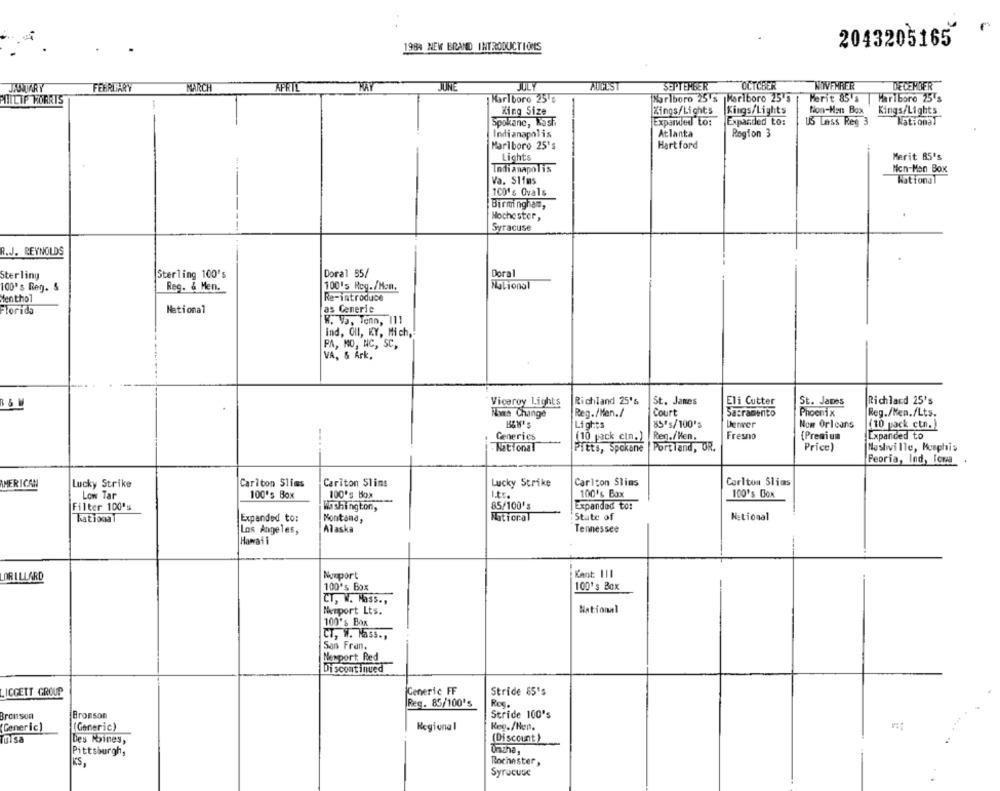
1984 NEW BRAND INTRODUCTIONS
2043205165
JANTARY
FEBRUARY
MARCH
APET!
MAY
JUNE
JULY
AUHL'S
SEPTEMBER
OCTOBER
WOWVFMRER
DECEMBER
MITLIP MORRIS
Marlboro 25 ℃
Marlboro 25's
Marlboro 25's
Merit 85's
Haribore 25's
King Size
Zings/Lights
Kings/Lights
Non-Han Box
Kings/Lights
Spokane, Rash
Expanved to:
Expanded to:
15 Less Reg 3
National
Indianapolis
Atlanta
Region 3
Marlboro 25's
Hart ford
Lights
Merit 85's
Indianapolis
Non-Man Box
Va. Slims
Wattonal
100's Ovals
Birmingham,
Mochester,
Syracuse
R.J. REYNOLDS
Sterling
Sterling 100's
Doral 55/
Doral
Reg. & Men.
100's Rcg./Mon.
National
100's Reg. S
Menthol
Re-introduce
as Generic
Florida
National
W. Va, Tenn, 111
Ind, OIl, KY, Mich,
PA, MO, NC, SC,
VA, & Ark.
Viceroy Lights
Richland 25's
St. Janes
Eli Cutter
St. James
Richland 25's
Reg./Men./
Sacramento
Phoenix
Nowwe Change
Court
Reg./Ken./Lts.
Lights
85"s/100's
Derwer
Nom Orleans
(10 pack ctn.)
Generics
Fresno
{Premium
Expanded to
(10 pack cin.)
Ren./ Hen.
National
Pitts, Spokane
Portland, OR.
Price)
Nashville, Meephis
Peoria, Ind, Icua
Carlton Slims
Cariton Slims
Lucky Strike
Carlton Slims
Carlton Slims
AMERICAN
Lucky Strike
Low Tar
100's Box
100's Box
I.ts.
100's Box
100's Box
Filter 100's
Washington,
85/100's
Expanded to:
Rational
Expanded to:
Montand,
Natioral
State of
Netional
Los Angeles,
Alaska
Tennessee
Hawaii
DRILLARD
Nomport
Kant: 111
100's Box
100's Box
CT, W. Mass .,
National
Nemport Lts.
100's Box
CT, W. Nass .,
San Fran,
Nexport Red
Discontinued
LICGETT GROUP
Generic FF
Stride 85's
Reg. 85/100's
Bronson
Bronson
Stride 100's
Generic)
(Generic)
Regional
Keg. /Hen.
Tulsa
Des Moines,
(Discount )
Pittsburgh,
Uncha,
KS,
Rochester,
Syracuse